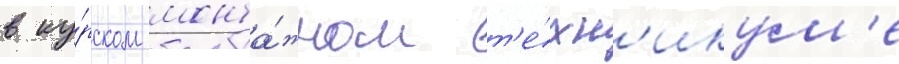
в ку́рском монта́жном т'е́хн'икум'е